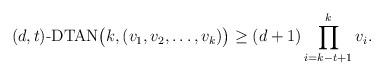
LaTeX: \begin{align*} (d,t)\mbox{-}\mathrm{DTAN}\bigl(k, (v_1, v_2,\ldots, v_k)\bigr) \ge(d+1)\prod_{i=k-t+1}^kv_i.\end{align*}